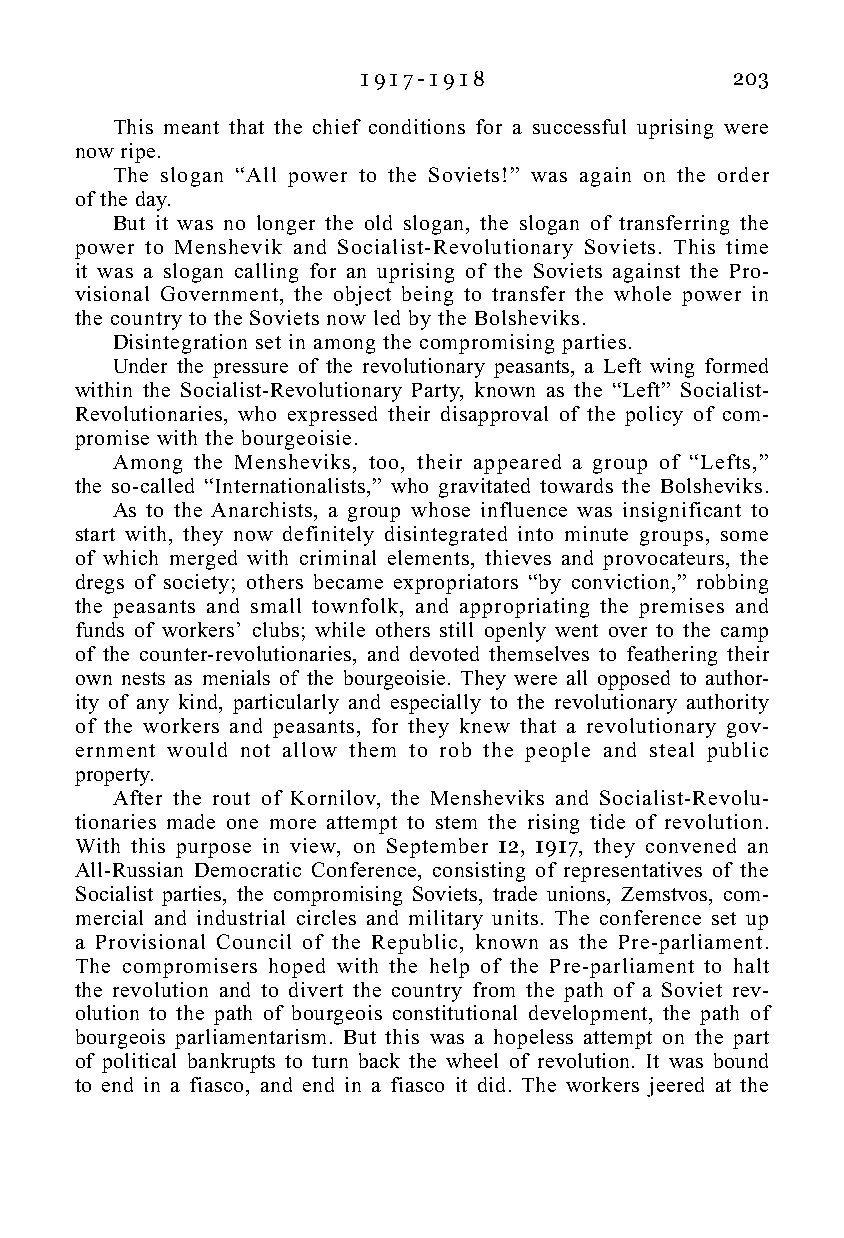
1 9 1 7 - 1 9 1 8        203
 This meant that the chief conditions for a successful uprising were
 now ripe.
 The slogan “All power to the Soviets!” was again on the order
 of the day.
 But it was no longer the old slogan, the slogan of transferring the
 power to Menshevik and Socialist-Revolutionary Soviets. This time
 it was a slogan calling for an uprising of the Soviets against the Pro-
 visional Government, the object being to transfer the whole power in
 the country to the Soviets now led by the Bolsheviks.
 Disintegration set in among the compromising parties.
 Under the pressure of the revolutionary peasants, a Left wing formed
 within the Socialist-Revolutionary Party, known as the “Left” Socialist-
 Revolutionaries, who expressed their disapproval of the policy of com-
 promise with the bourgeoisie.
 Among the Mensheviks, too, their appeared a group of “Lefts,”
 the so-called “Internationalists,” who gravitated towards the Bolsheviks.
 As to the Anarchists, a group whose influence was insignificant to
 start with, they now definitely disintegrated into minute groups, some
 of which merged with criminal elements, thieves and provocateurs, the
 dregs of society; others became expropriators “by conviction,” robbing
 the peasants and small townfolk, and appropriating the premises and
 funds of workers’ clubs; while others still openly went over to the camp
 of the counter-revolutionaries, and devoted themselves to feathering their
 own nests as menials of the bourgeoisie. They were all opposed to author-
 ity of any kind, particularly and especially to the revolutionary authority
 of the workers and peasants, for they knew that a revolutionary gov-
 ernment would not allow them to rob the people and steal public
 property.
 After the rout of Kornilov, the Mensheviks and Socialist-Revolu-
 tionaries made one more attempt to stem the rising tide of revolution.
 With this purpose in view, on September 12, 1917, they convened an
 All-Russian Democratic Conference, consisting of representatives of the
 Socialist parties, the compromising Soviets, trade unions, Zemstvos, com-
 mercial and industrial circles and military units. The conference set up
 a Provisional Council of the Republic, known as the Pre-parliament.
 The compromisers hoped with the help of the Pre-parliament to halt
 the revolution and to divert the country from the path of a Soviet rev-
 olution to the path of bourgeois constitutional development, the path of
 bourgeois parliamentarism. But this was a hopeless attempt on the part
 of political bankrupts to turn back the wheel of revolution. It was bound
 to end in a fiasco, and end in a fiasco it did. The workers jeered at the